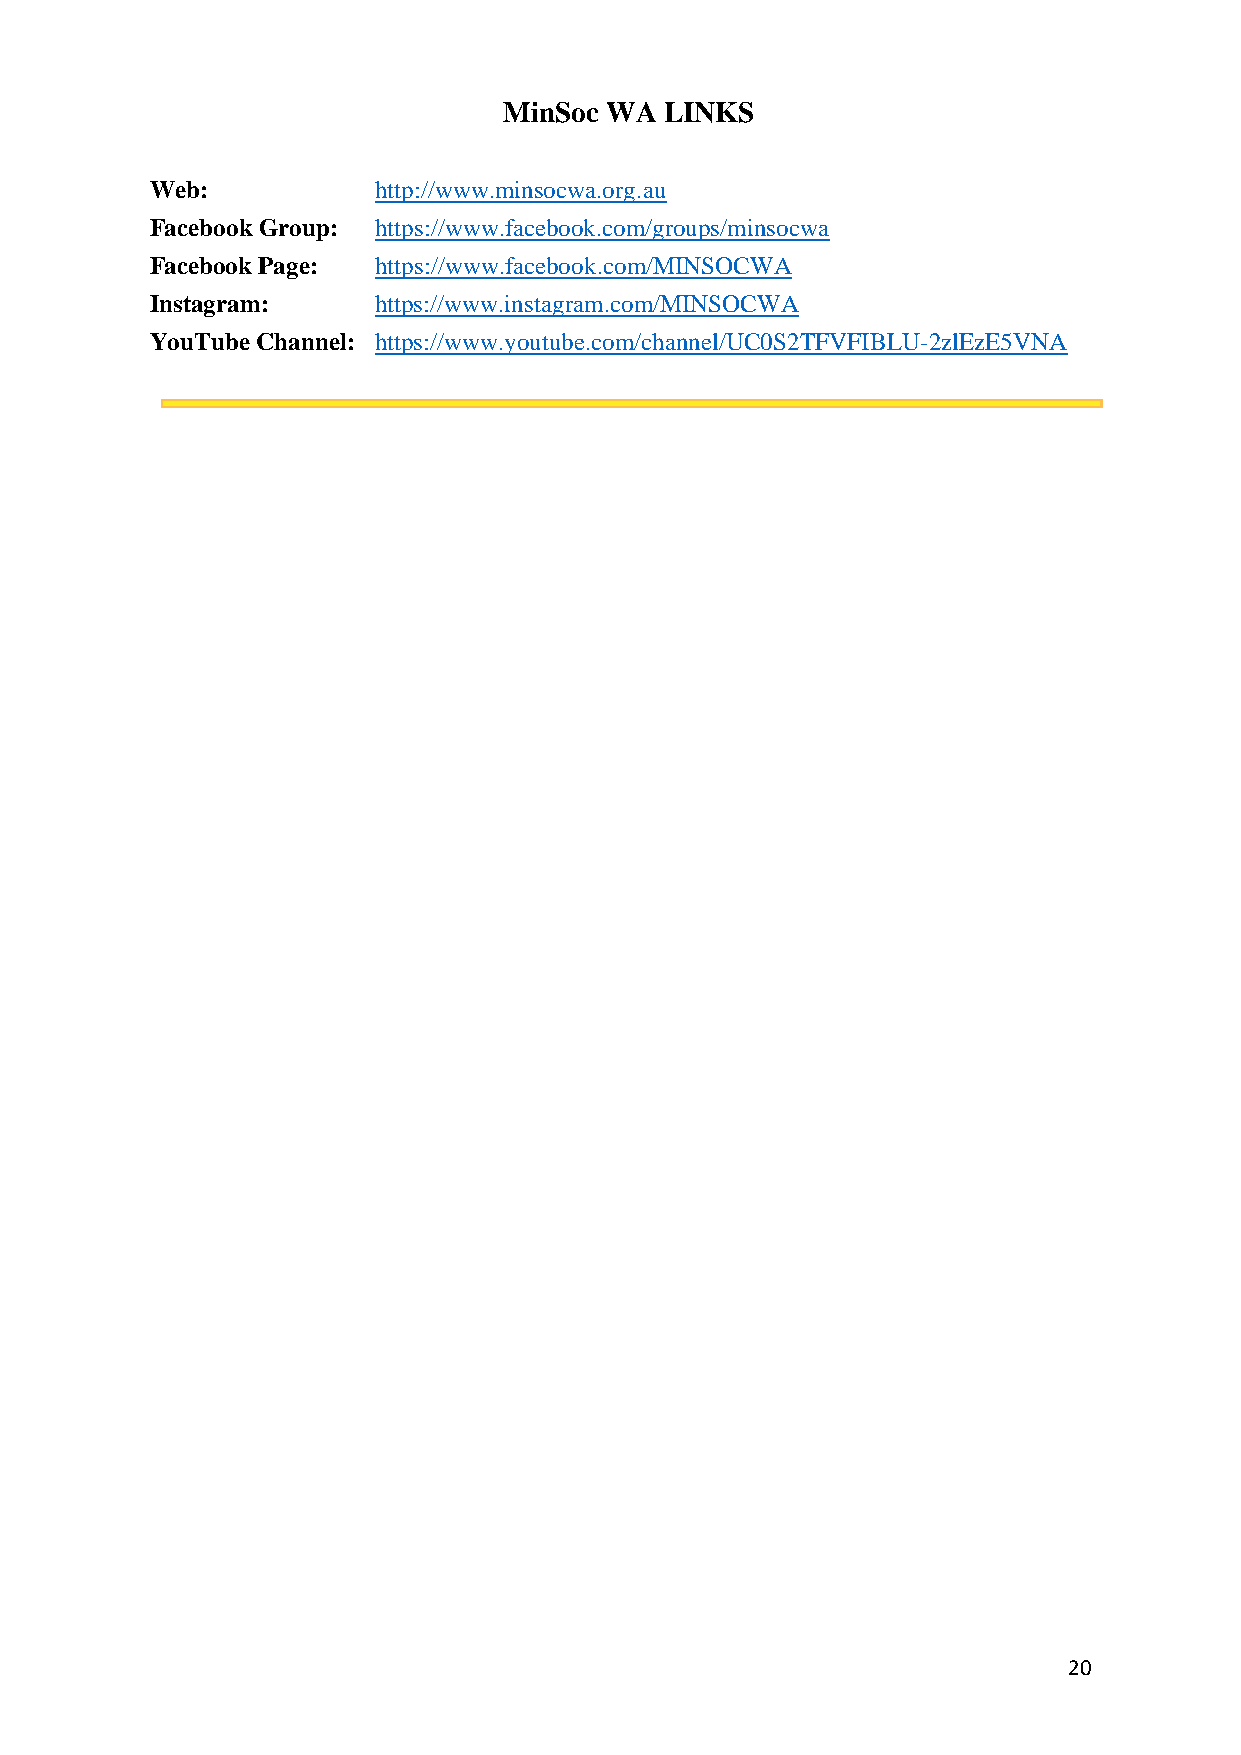
MinSoc WA  LINKS
 Web:           http://www.minsocwa.org.au
 Facebook Group: https://www.facebook.com/groups/minsocwa
 Facebook Page: https://www.facebook.com/MINSOCWA
 Instagram:     https://www.instagram.com/MINSOCWA
 YouTube Channel: https://www.youtube.com/channel/UC0S2TFVFIBLU-2zlEzE5VNA
 20